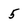
Character: 5